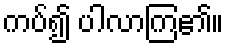
ကပ်၍ ပါလာကြ၏။